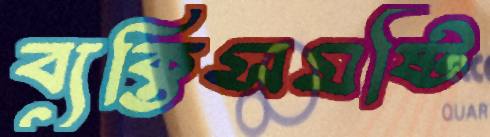
ব্যক্তিসমষ্টি